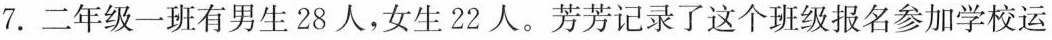
7. 二年级一班有男生 28 人，女生 22 人。芳芳记录了这个班级报名参加学校运